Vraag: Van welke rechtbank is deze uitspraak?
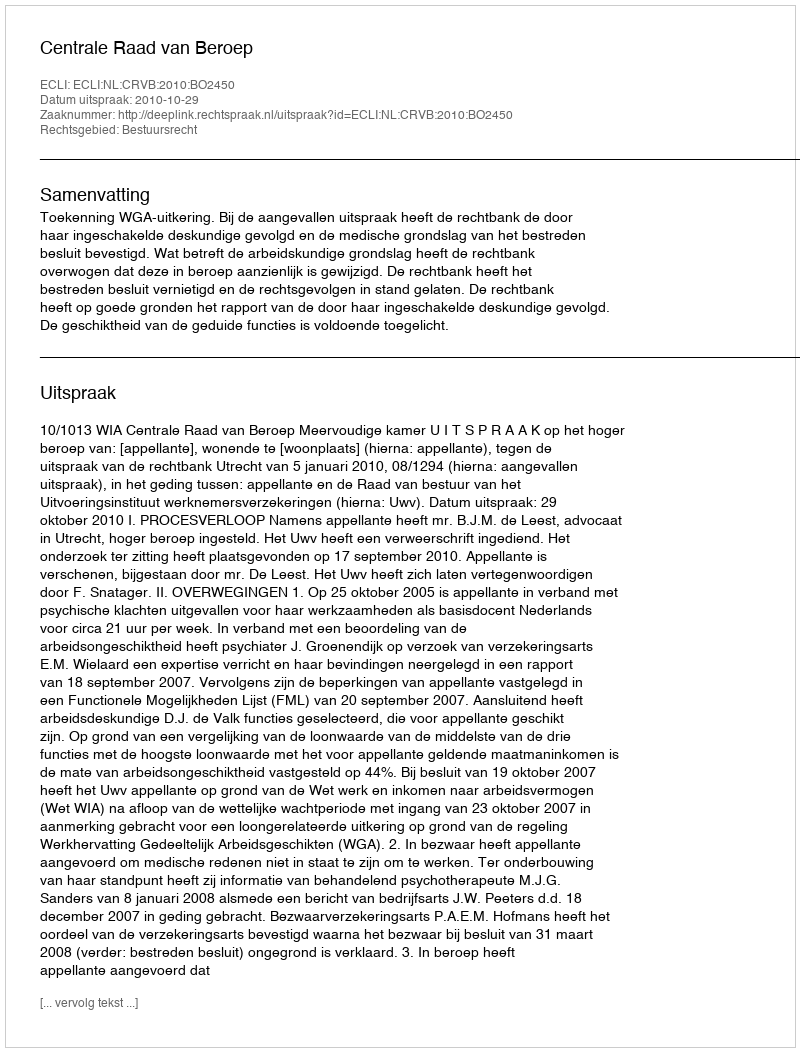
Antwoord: Centrale Raad van Beroep